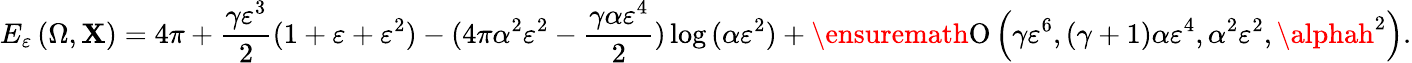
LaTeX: E_{\varepsilon}\left(\Omega,\mathbf{X}\right)=4\pi+\frac{{\gamma\varepsilon^{3}}}{{2}}(1+\varepsilon+\varepsilon^{2})-(4\pi\alpha^{2}\varepsilon^{2}-\frac{{\gamma\alpha\varepsilon^{4}}}{{2}})\log{(\alpha\varepsilon^{2})}+\ensuremath{{\operatorname{O}\left(\gamma\varepsilon^{6},(\gamma+1)\alpha\varepsilon^{4},\alpha^{2}\varepsilon^{2},\alphah^{2}\right)}}.